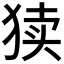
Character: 𱮀